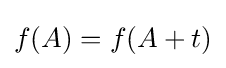
f(A)=f(A+t)